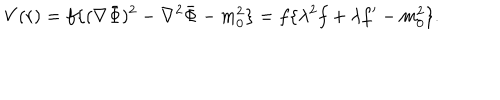
V ( r ) = f \{ ( \nabla \bar { \Phi } ) ^ { 2 } - \nabla ^ { 2 } \bar { \Phi } - m _ { 0 } ^ { 2 } \} = f \{ \lambda ^ { 2 } f + \lambda f ^ { \prime } - m _ { 0 } ^ { 2 } \} .